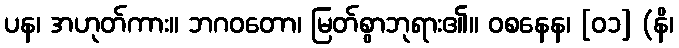
ပန၊ အဟုတ်ကား။ ဘဂဝတော၊ မြတ်စွာဘုရား၏။ ဝစနေန၊ [၀၁] (နိ၊